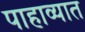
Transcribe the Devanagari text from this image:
पाहाव्यात